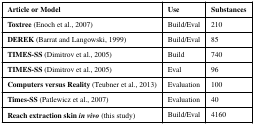
| Article or Model | Use | Substances |
 | --- | --- | --- |
 | Toxtree (Enoch et al., 2007) | Build/Eval | 210 |
 | DEREK (Barrat and Langowski, 1999) | Build/Eval | 85 |
 | TIMES-SS (Dimitrov et al., 2005) | Build | 740 |
 | TIMES-SS (Dimitrov et al., 2005) | Eval | 96 |
 | Computers versus Reality (Teubner et al., 2013) | Evaluation | 100 |
 | Times-SS (Patlewicz et al., 2007) | Evaluation | 40 |
 | Reach extraction skin in vivo (this study) | Build/Eval | 4160 |